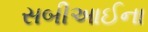
સબીઆઈના